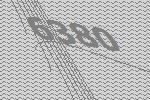
6380